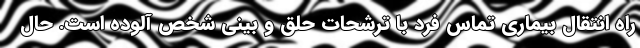
راه انتقال بیماری تماس فرد با ترشحات حلق و بینی شخص آلوده است. حال